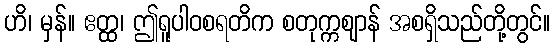
ဟိ၊ မှန်။ ဧတ္ထ၊ ဤရူပါဝစရတိက စတုက္ကဈာန် အစရှိသည်တို့တွင်။